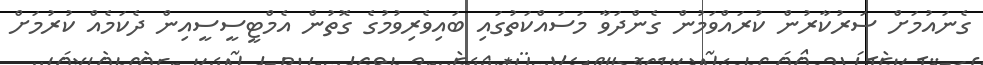
ގެނައުމަށް ސަރުކާރުން ކުރައްވަމުން ގެންދަވާ މަސައްކަތުގައި ބައިވެރިވުމުގެ ގޮތުން އެމްޓީސީސީއިން ދެކަމެއް ކުރުމަށް